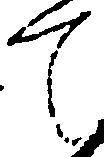
て